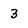
Character: 3